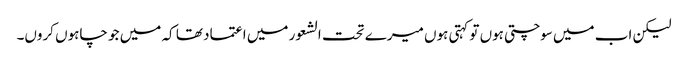
لیکن اب میں سوچتی ہوں تو کہتی ہوں میرے تحت الشعور میں اعتماد تھا کہ میں جو چاہوں کروں۔